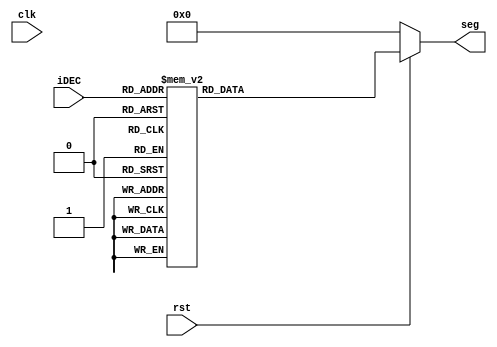
module DEC2SEG(
	input clk,
	input rst,
	input [3:0]iDEC,
	output [7:0]seg
);
reg [7:0] rSEG;

assign seg = rSEG;

always@(*) begin
	if(!rst) begin
		rSEG <= 8'b00000000;
	end else begin
		case(iDEC)
			4'b0000:rSEG = 8'b00000011; //0
			4'b0001:rSEG = 8'b10011111; //1
			4'b0010:rSEG = 8'b00100101; //2
			4'b0011:rSEG = 8'b00001101; //3
			4'b0100:rSEG = 8'b10011001; //4
			4'b0101:rSEG = 8'b01001001; //5
			4'b0110:rSEG = 8'b01000001; //6
			4'b0111:rSEG = 8'b00011111; //7
			4'b1000:rSEG = 8'b00000001; //8
			4'b1001:rSEG = 8'b00001001; //9
			default:rSEG = 8'b00000000; //dark
		endcase
	end
	
end

endmodule